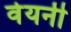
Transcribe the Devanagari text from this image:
वेयनी